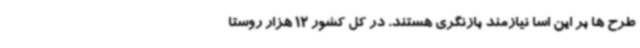
طرح ها بر این اسا نیازمند بازنگری هستند. در کل کشور 12 هزار روستا